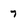
Character: 7